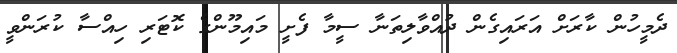
ދެމީހުން ކާރަށް އަރައިގެން ދުއްވާލިތަނާ ސީމާ ފެށީ މައިމޫންގެ ކޮޓަރި ހިއްސާ ކުރަންވީ